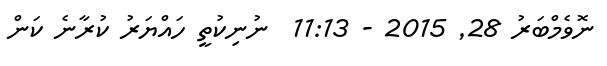
ނޮވެމްބަރު 28